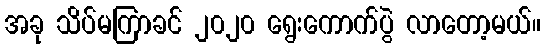
အခု သိပ်မကြာခင် ၂၀၂၀ ရွေးကောက်ပွဲ လာတော့မယ်။